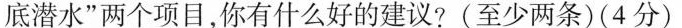
底潜水”两个项目，你有什么好的建议?(至少两条)(4分)